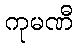
ကုမဏီ